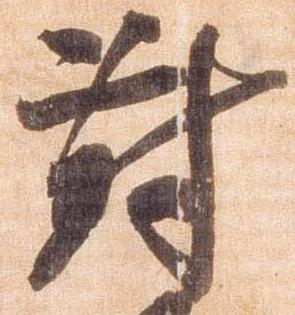
対